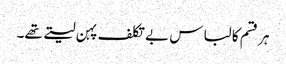
ہر قسم کا لباس بے تکلف پہن لیتے تھے۔